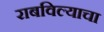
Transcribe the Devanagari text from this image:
राबविल्याचा